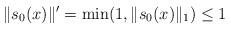
LaTeX: \begin{align*} \|s_{0}(x)\|'=\min(1,\|s_{0}(x)\|_1) \leq 1\end{align*}